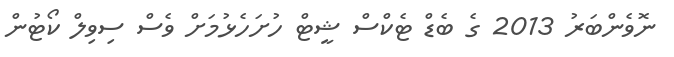
ނޮވެންބަރު 2013 ގެ ބެޑް ޓެކްސް ޝީޓް ހުށަހެޅުމަށް ވެސް ސިވިލް ކޯޓުން